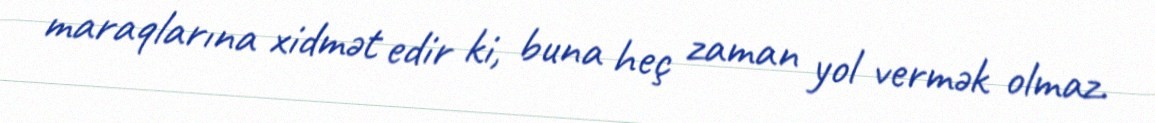
maraqlarına xidmət edir ki, buna heç zaman yol vermək olmaz.